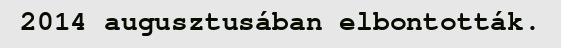
2014 augusztusában elbontották.